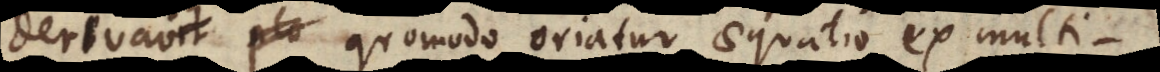
derivavit, plu quomodo oriatur aequatio ex multi